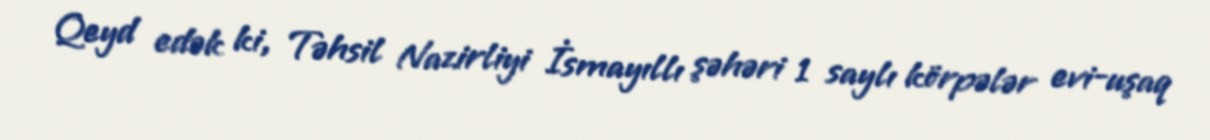
Qeyd edək ki, Təhsil Nazirliyi İsmayıllı şəhəri 1 saylı körpələr evi-uşaq